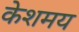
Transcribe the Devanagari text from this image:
केशमय